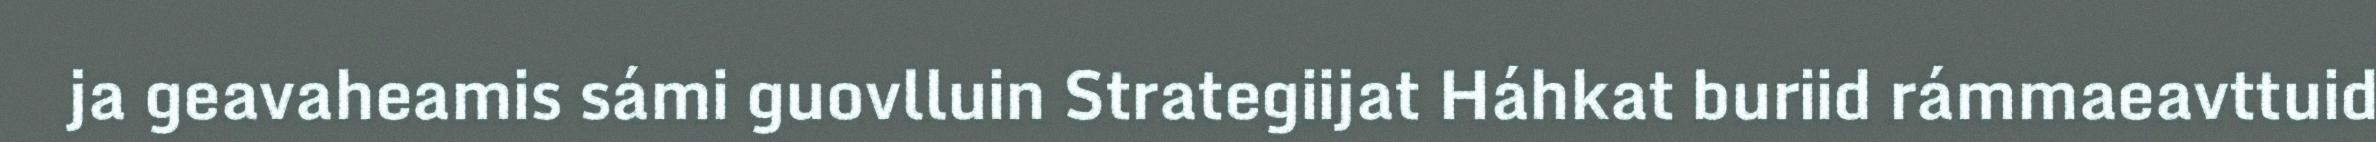
ja geavaheamis sámi guovlluin Strategiijat Háhkat buriid rámmaeavttuid